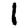
Digit: 1